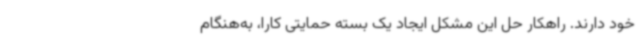
خود دارند. راهکار حل این مشکل ایجاد یک بسته حمایتی کارا، به‌هنگام